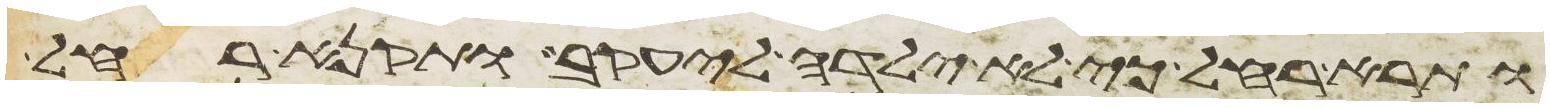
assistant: ותרא רחל כי לא ילדה ליעקב ותקנא רחל